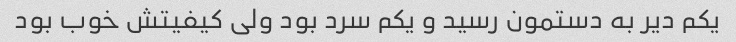
یکم دیر به دستمون رسید و یکم سرد بود ولی کیفیتش خوب بود